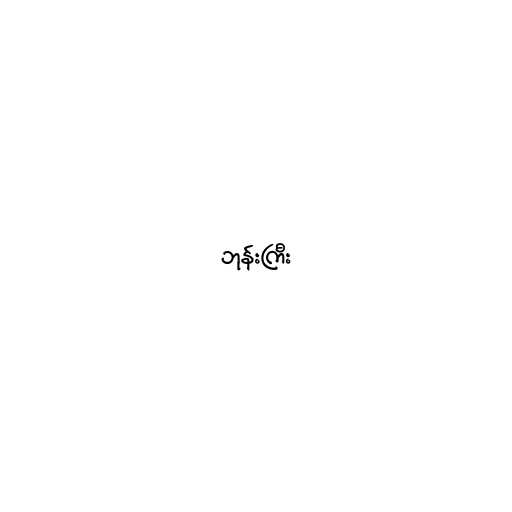
ဘုန်းကြီး